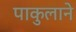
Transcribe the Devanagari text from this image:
पाकुलाने